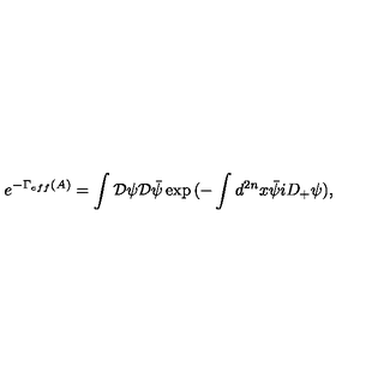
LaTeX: e ^ { - \Gamma _ { e f f } ( A ) } = \int { \cal D } \psi { \cal D } \bar { \psi } \exp { ( - \int d ^ { 2 n } x \bar { \psi } i D _ { + } \psi ) } ,